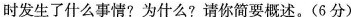
时发生了什么事情?为什么?请你简要概述。(6分)